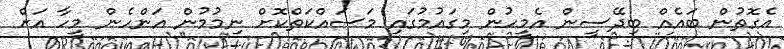
އެގޮތުން ބައެއް ބިދޭސީން އެމީހުން މިގައުމުގައި މަސައްކަތްކޮށް ނިމުމުން އަންހެން މީހާ އަށް